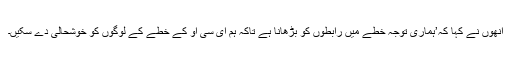
انھوں نے کہا کہ’ہماری توجہ خطے میں رابطوں کو بڑھانا ہے تاکہ ہم ای سی او کے خطے کے لوگوں کو خوشحالی دے سکیں۔